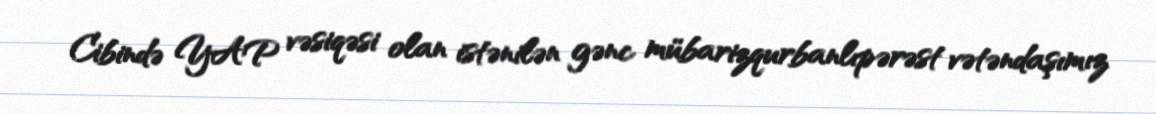
Cibində YAP vəsiqəsi olan istənilən gənc mübarizqurbanlıpərəst vətəndaşımız